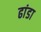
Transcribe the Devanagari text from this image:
ढांडा